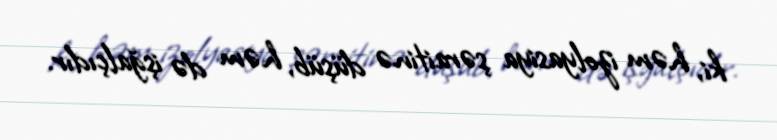
ki, həm izolyasiya şəraitinə düşüb, həm də işğalçıdır.